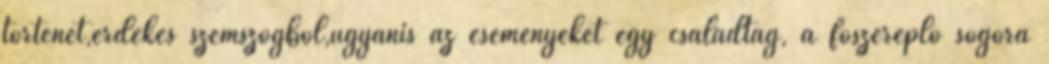
történet,érdekes szemszögből,ugyanis az eseményeket egy családtag, a főszereplő sógora